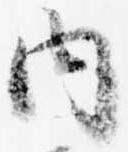
内